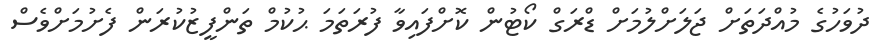
ދުވަހުގެ މުއްދަތަށް ޖަލަށްލުމަށް ޑްރަގް ކޯޓުން ކޮށްފައިވާ ފުރަތަމަ ޙުކުމް ތަންފީޒުކުރަން ފެށުމަށްވެސް